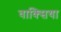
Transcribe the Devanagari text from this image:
वाक्सिया